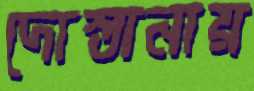
দোস্তানায়